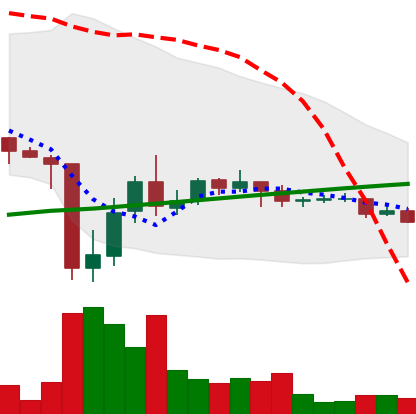
Ticker: DOGE-USD
Chart end date: 2021-07-07
Forward return: -7.174%
Label: down_7plus